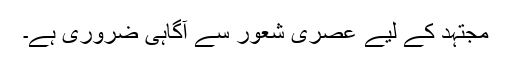
مجتہد کے لیے عصری شعور سے آگاہی ضروری ہے۔